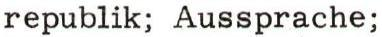
republik; Aussprache;